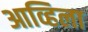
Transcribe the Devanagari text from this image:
आव्हिला